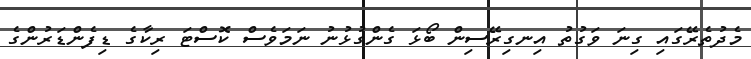
މެދުތެރޭގައި ގިނަ ވަގުތު އިނގިރޭސިން ބޯޅަ ގެންގުޅުނު ނަމަވެސް ކޮސްޓަ ރިކާގެ ޑިފެންޑަރުންގެ